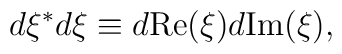
d\xi^* d\xi\equiv d{\rm Re}(\xi) d{\rm Im}(\xi) ,